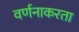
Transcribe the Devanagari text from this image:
वर्णनाकरता